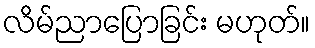
လိမ်ညာပြောခြင်း မဟုတ်။